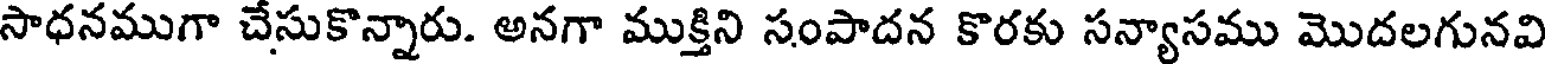
సాధనముగా చేసుకొన్నారు. అనగా ముక్తిని సంపాదన కొరకు సన్యాసము మొదలగునవి